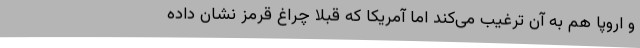
و اروپا هم به آن ترغیب می‌کند اما آمریکا که قبلا چراغ قرمز نشان داده